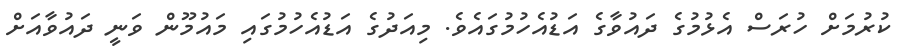
ކުރުމަށް ހުރަސް އެޅުމުގެ ދައުވާގެ އަޑުއެހުމުގައެވެ. މިއަދުގެ އަޑުއެހުމުގައި މައުމޫން ވަނީ ދައުވާއަށް